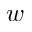
w